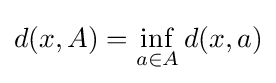
d(x,A)=\inf _{a\in A}d(x,a)